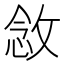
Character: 敜